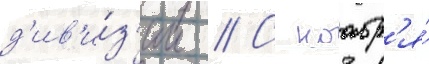
д'ив'и́з'ии // С ноабр'я́